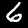
Label: 6